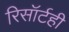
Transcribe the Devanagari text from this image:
रिसॉर्टही